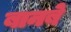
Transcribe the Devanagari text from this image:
बानबे